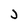
Character: j